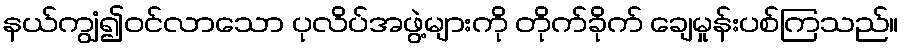
နယ်ကျွံ၍ဝင်လာသော ပုလိပ်အဖွဲ့များကို တိုက်ခိုက် ချေမှုန်းပစ်ကြသည်။